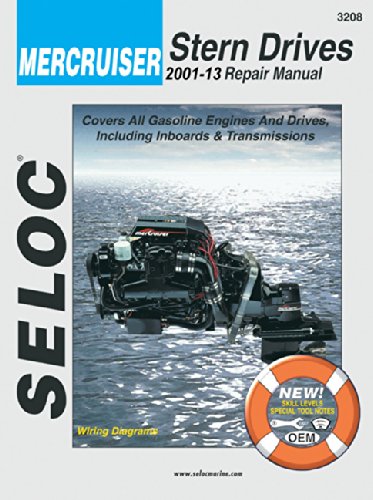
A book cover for Mercruiser - All Gasoline Engines/Drives, 2001-2008 (Seloc Marine Manuals); Seloc; Engineering & Transportation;